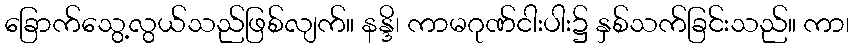
ခြောက်သွေ့လွယ်သည်ဖြစ်လျက်။ နန္ဒိ၊ ကာမဂုဏ်ငါးပါး၌ နှစ်သက်ခြင်းသည်။ ကာ၊